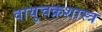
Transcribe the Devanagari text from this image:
वायुचक्रशास्त्र